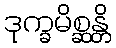
ဒုက္ခမိစ္ဆန္တိ